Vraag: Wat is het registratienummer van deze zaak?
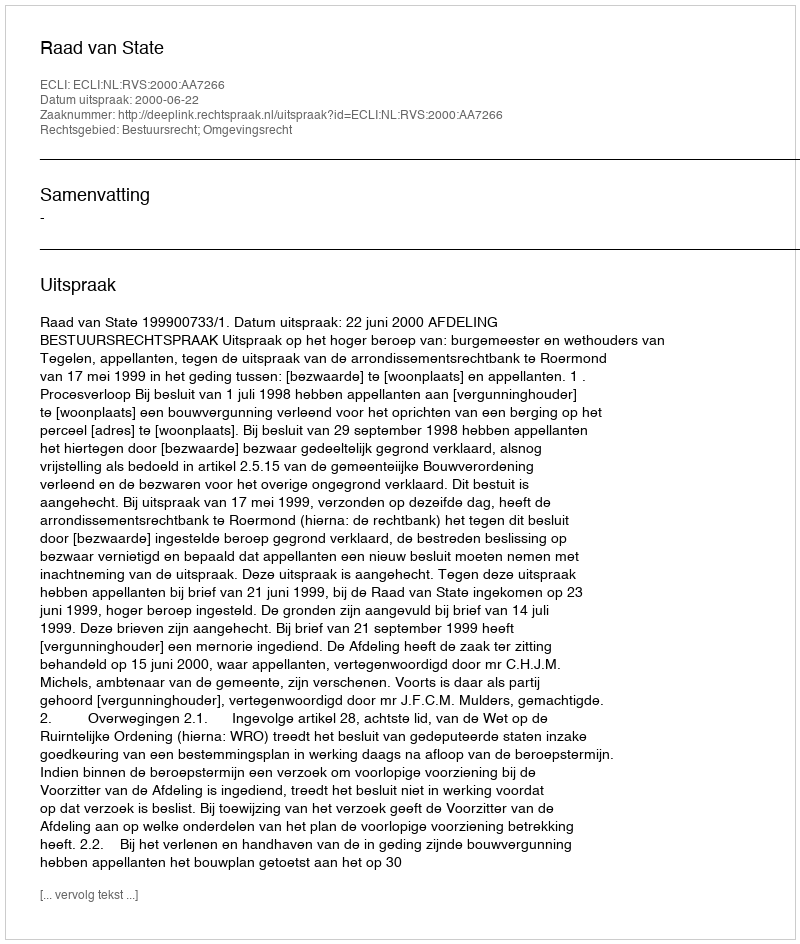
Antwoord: http://deeplink.rechtspraak.nl/uitspraak?id=ECLI:NL:RVS:2000:AA7266